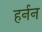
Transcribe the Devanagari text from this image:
हर्नन